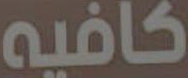
كافيه